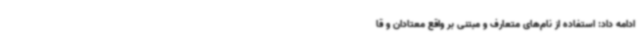
ادامه داد: استفاده از نام‌های متعارف و مبتنی بر واقع معتادان و قا